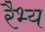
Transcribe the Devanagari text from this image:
रैभ्य